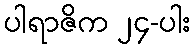
ပါရာဇိက ၂၄-ပါး